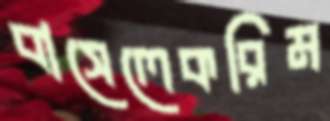
বাসেলেকরিম